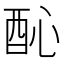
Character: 𨠉